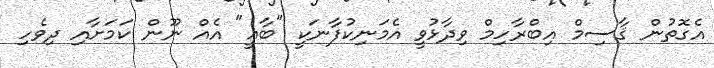
އެގޮތުން ޤާސިމް އިބްރާހިމް ވިދާޅުވީ އެމަނިކުފާނަކީ "ބާޣީ" އެއް ނޫން ކަމަށާއި ދިވެހި